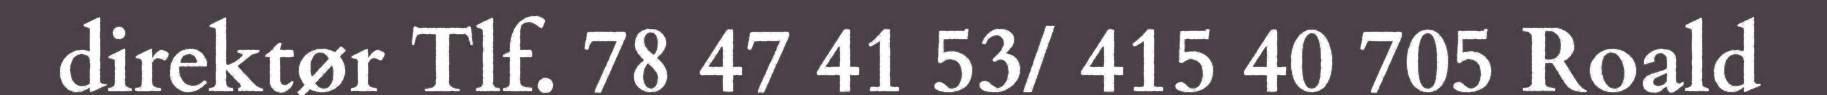
direktør Tlf. 78 47 41 53/ 415 40 705 Roald